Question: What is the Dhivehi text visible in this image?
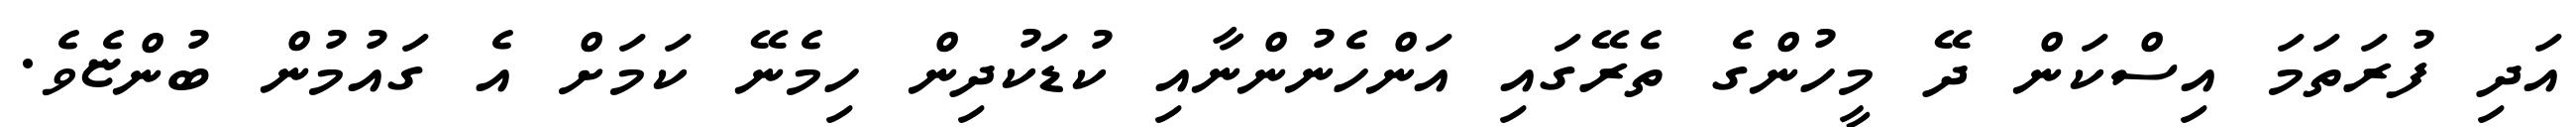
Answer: އަދި ފުރަތަމަ އިސްކަން ދޭ މީހުންގެ ތެރޭގައި އަންހެނުންނާއި ކުޑަކުދިން ހިމެނޭ ކަމަށް އެ ގައުމުން ބުންޏެވެ.